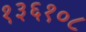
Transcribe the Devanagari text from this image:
१३६१०८